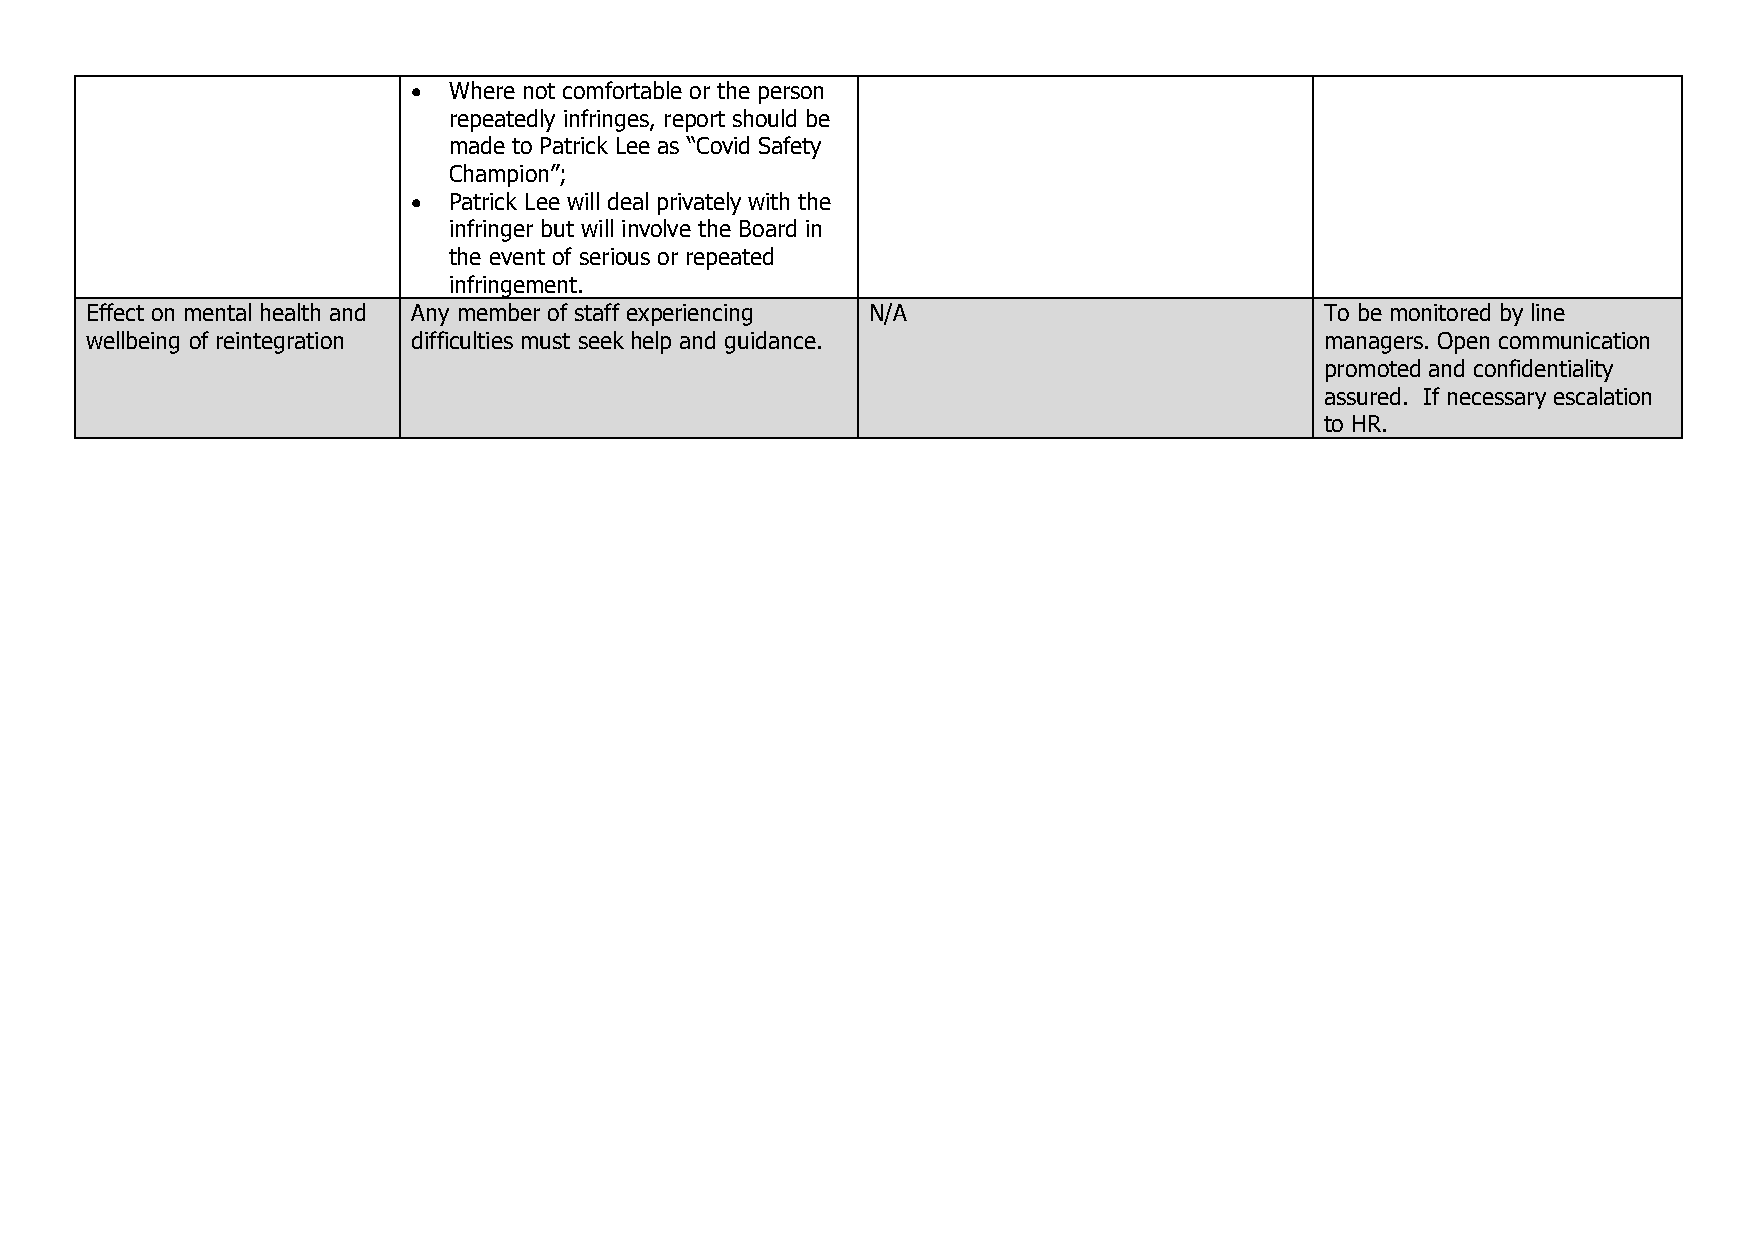
  Where not comfortable or the person
 repeatedly infringes, report should be
 made to Patrick Lee as “Covid Safety
 Champion”;
   Patrick Lee will deal privately with the
 infringer but will involve the Board in
 the event of serious or repeated
 infringement.
 Effect on mental health and Any member of staff experiencing N/A                  To be monitored by line
 wellbeing of reintegration difficulties must seek help and guidance.              managers. Open communication
 promoted and confidentiality
 assured. If necessary escalation
 to HR.